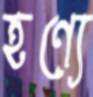
হণ্যে